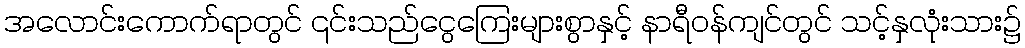
အလောင်းကောက်ရာတွင် ၎င်းသည်ငွေကြေးများစွာနှင့် နာရီဝန်ကျင်တွင် သင့်နှလုံးသား၌